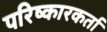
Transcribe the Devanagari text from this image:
परिष्कारकर्ता